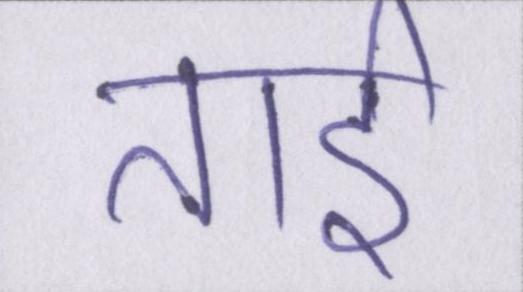
ताई